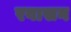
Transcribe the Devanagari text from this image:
रवासन